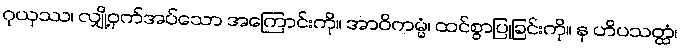
ဂုယှဿ၊ လျှို့ဝှက်အပ်သော အကြောင်းကို။ အာဝိကမ္မံ၊ ထင်စွာပြုခြင်းကို။ န ဟိပသတ္ထံ၊